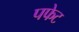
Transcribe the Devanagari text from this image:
पफेट